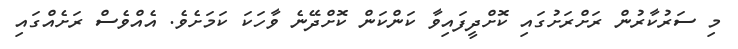
މި ސަރުކާރުން ރަށްރަށުގައި ކޮށްދީފައިވާ ކަންކަން ކޮށްދޭނެ ވާހަކަ ކަމަށެވެ. އެއްވެސް ރަށެއްގައި